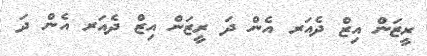
ރީޒަން އިޒް ދެއަރ އެން ދަ ރީޒަން އިޒް ދެއަރ އެން ދަ